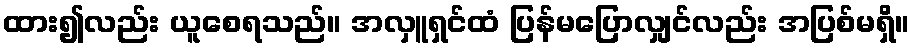
ထား၍လည်း ယူစေရသည်။ အလှူရှင်ထံ ပြန်မပြောလျှင်လည်း အပြစ်မရှိ။